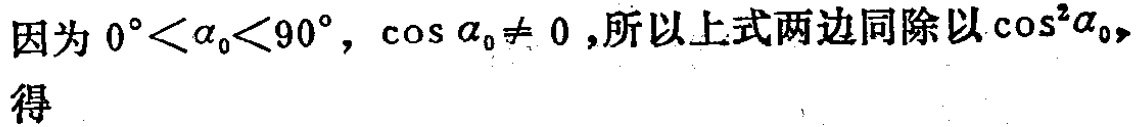
因为 \(0^{\circ}<\alpha_{0}<90^{\circ}, \cos\alpha_{0}\neq 0\),所以上式两边同除以 \(\cos^{2}\alpha_{0}\),得